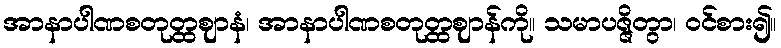
အာနာပါဏစတုတ္ထဈာနံ၊ အာနာပါဏစတုတ္ထဈာန်ကို။ သမာပဇ္ဇိတွာ၊ ဝင်စား၍။